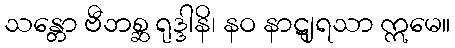
သန္တော ဗီဘစ္ဆ ရုဒ္ဒါနိ၊ နဝ နာဋျရသာ ဣမေ။